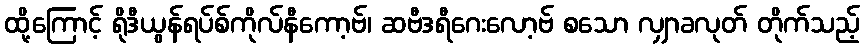
ထို့ကြောင့် ရိုဒီယွန်ရပ်စ်ကိုလ်နီကော့ဗ်၊ ဆဗီဒရီဂေးလော့ဗ် စသော လျှာခလုတ် တိုက်သည့်